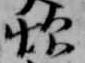
炊